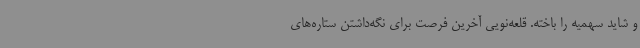
و شاید سهمیه را باخته. قلعه‌نویی آخرین فرصت برای نگه‌داشتن ستاره‌های